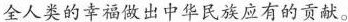
全人类的幸福做出中华民族应有的贡献。